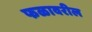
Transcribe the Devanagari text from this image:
फळावरील